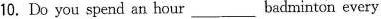
10.Do you spend an hour___badminton every